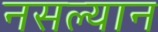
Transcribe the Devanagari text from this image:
नसल्यान